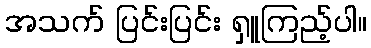
အသက် ပြင်းပြင်း ရှူကြည့်ပါ။